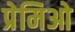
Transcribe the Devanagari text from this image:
प्रेमिओ